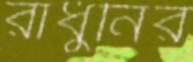
রাঁধুনির